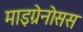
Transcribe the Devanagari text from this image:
माइग्रेनोसस